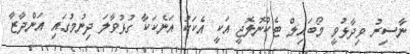
ނާސިރު ވިދާޅުވީ މޯބައިލް ޓެކްނޮލޮޖީ އަކީ އެކަކު އަނެކަކާ ގުޅުވާލަ ދިނުމުގައި އަންދާޒާ